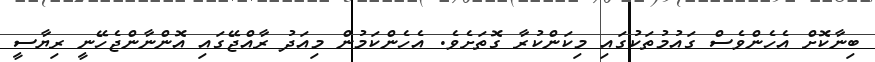
ބިނާކޮށް އެހެންވެސް ގައުމުތަކުގައި މިކަންކުރާ ގޮތަށެވެ. އެހެންކަމުން މިއަދު ރާއްޖޭގައި އޮންނާންޖެހޭނީ ރިޔާސީ